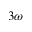
3 \omega